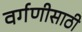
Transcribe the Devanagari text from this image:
वर्गणीसाठी